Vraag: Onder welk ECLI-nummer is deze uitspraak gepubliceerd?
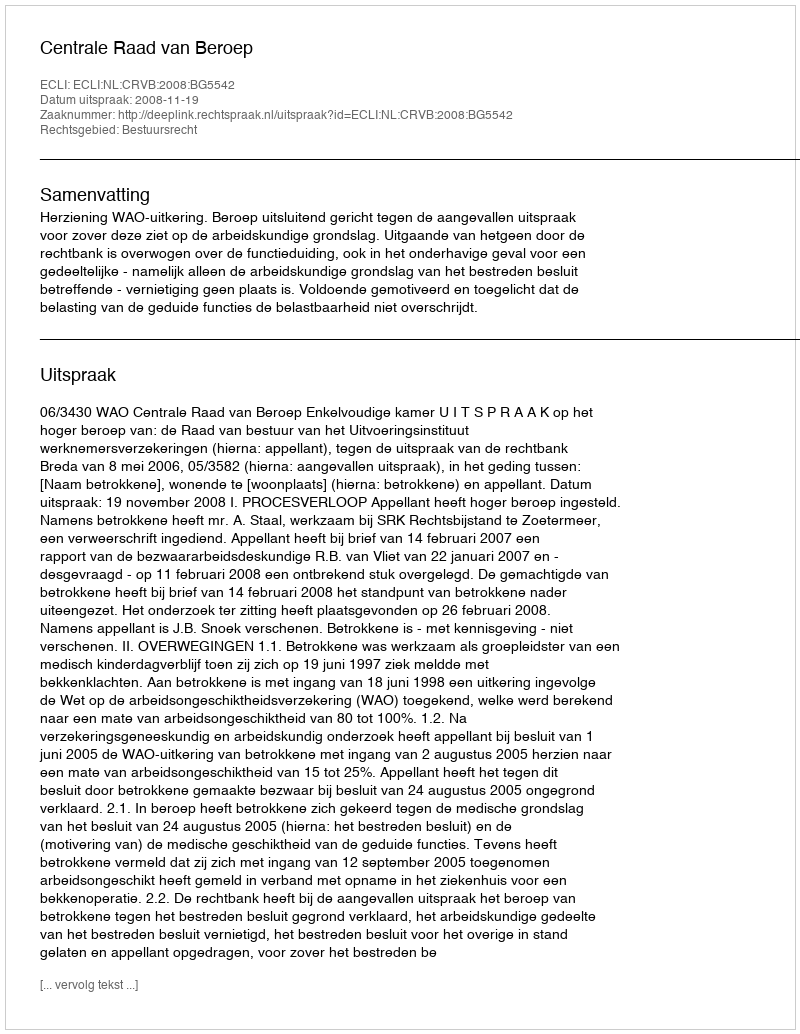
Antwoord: ECLI:NL:CRVB:2008:BG5542